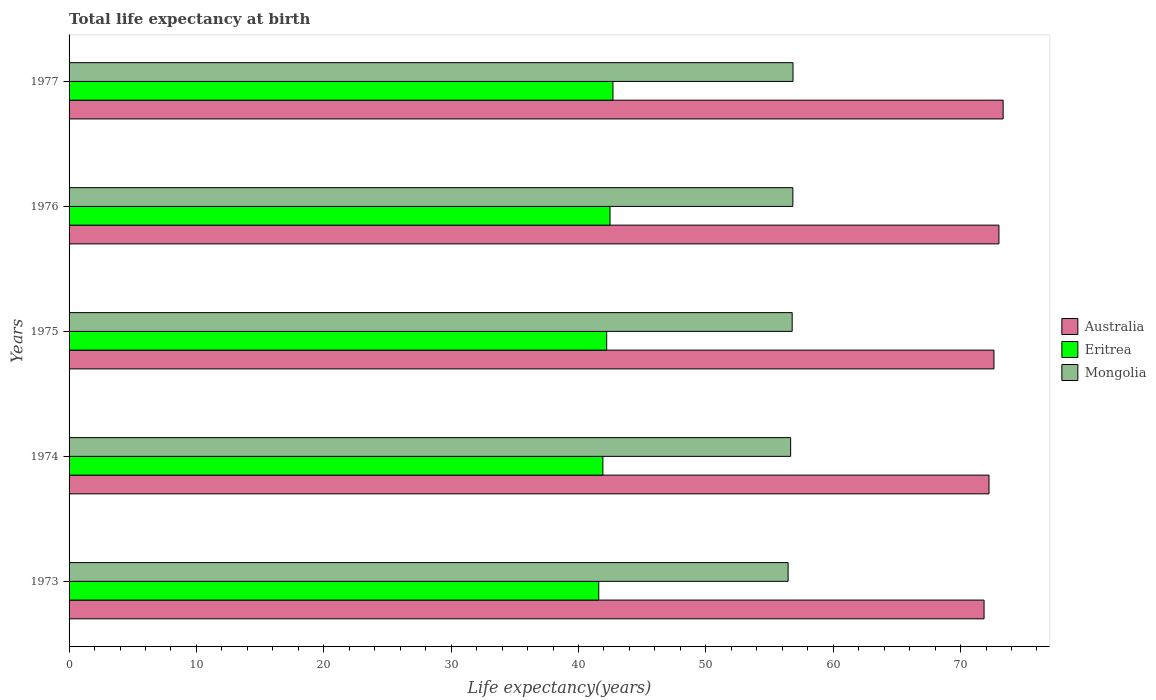
| Years | Australia | Eritrea | Mongolia |
 | --- | --- | --- | --- |
 | 1973 | 71.8 | 41.6 | 56.5 |
 | 1974 | 72.2 | 41.9 | 56.7 |
 | 1975 | 72.6 | 42.2 | 56.8 |
 | 1976 | 73 | 42.5 | 56.8 |
 | 1977 | 73.3 | 42.7 | 56.8 |